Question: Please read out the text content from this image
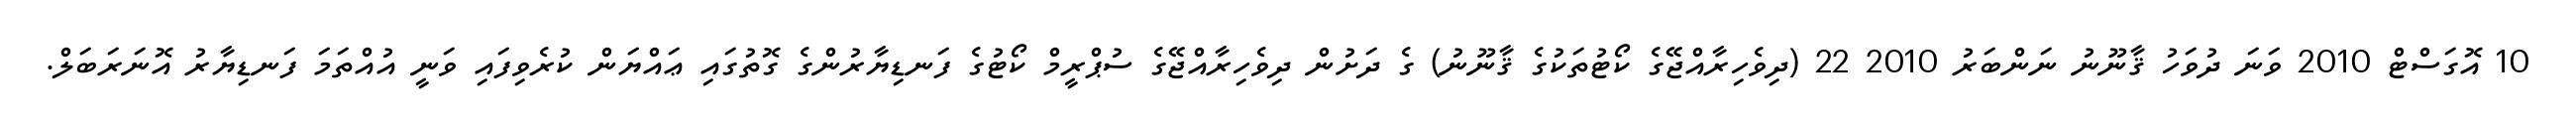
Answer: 10 އޮގަސްޓް 2010 ވަނަ ދުވަހު ޤާނޫނު ނަންބަރު 2010 22 (ދިވެހިރާއްޖޭގެ ކޯޓުތަކުގެ ޤާނޫނު) ގެ ދަށުން ދިވެހިރާއްޖޭގެ ސުޕްރީމް ކޯޓުގެ ފަނޑިޔާރުންގެ ގޮތުގައި ޢައްޔަން ކުރެވިފައި ވަނީ އުއްތަމަ ފަނޑިޔާރު އޮނަރަބަލް.